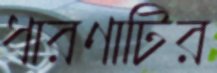
ধারণাটির